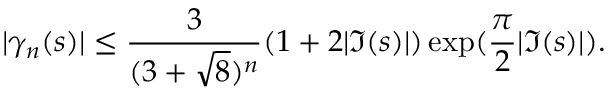
| \gamma _ { n } ( s ) | \leq { \frac { 3 } { ( 3 + { \sqrt { 8 } } ) ^ { n } } } ( 1 + 2 | \Im ( s ) | ) \exp ( { \frac { \pi } { 2 } } | \Im ( s ) | ) .